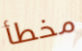
مخطأ